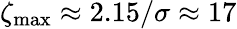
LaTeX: \zeta_{\mathrm{max}}\approx 2.15/\sigma\approx 17